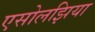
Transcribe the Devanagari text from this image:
एसोलझिया